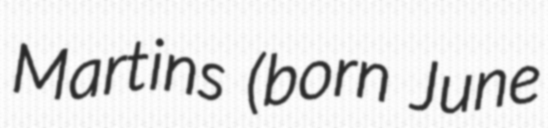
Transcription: Martins (born June